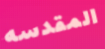
المقدسه